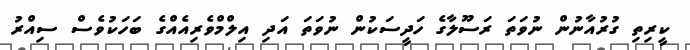
ކީރިތި ގުރުއާނުން ނުވަތަ ރަސޫލާގެ ހަދީސަކުން ނުވަތަ އަދި އިލްމްވެރިއެއްގެ ބަހަކުވެސް ސިއްރު